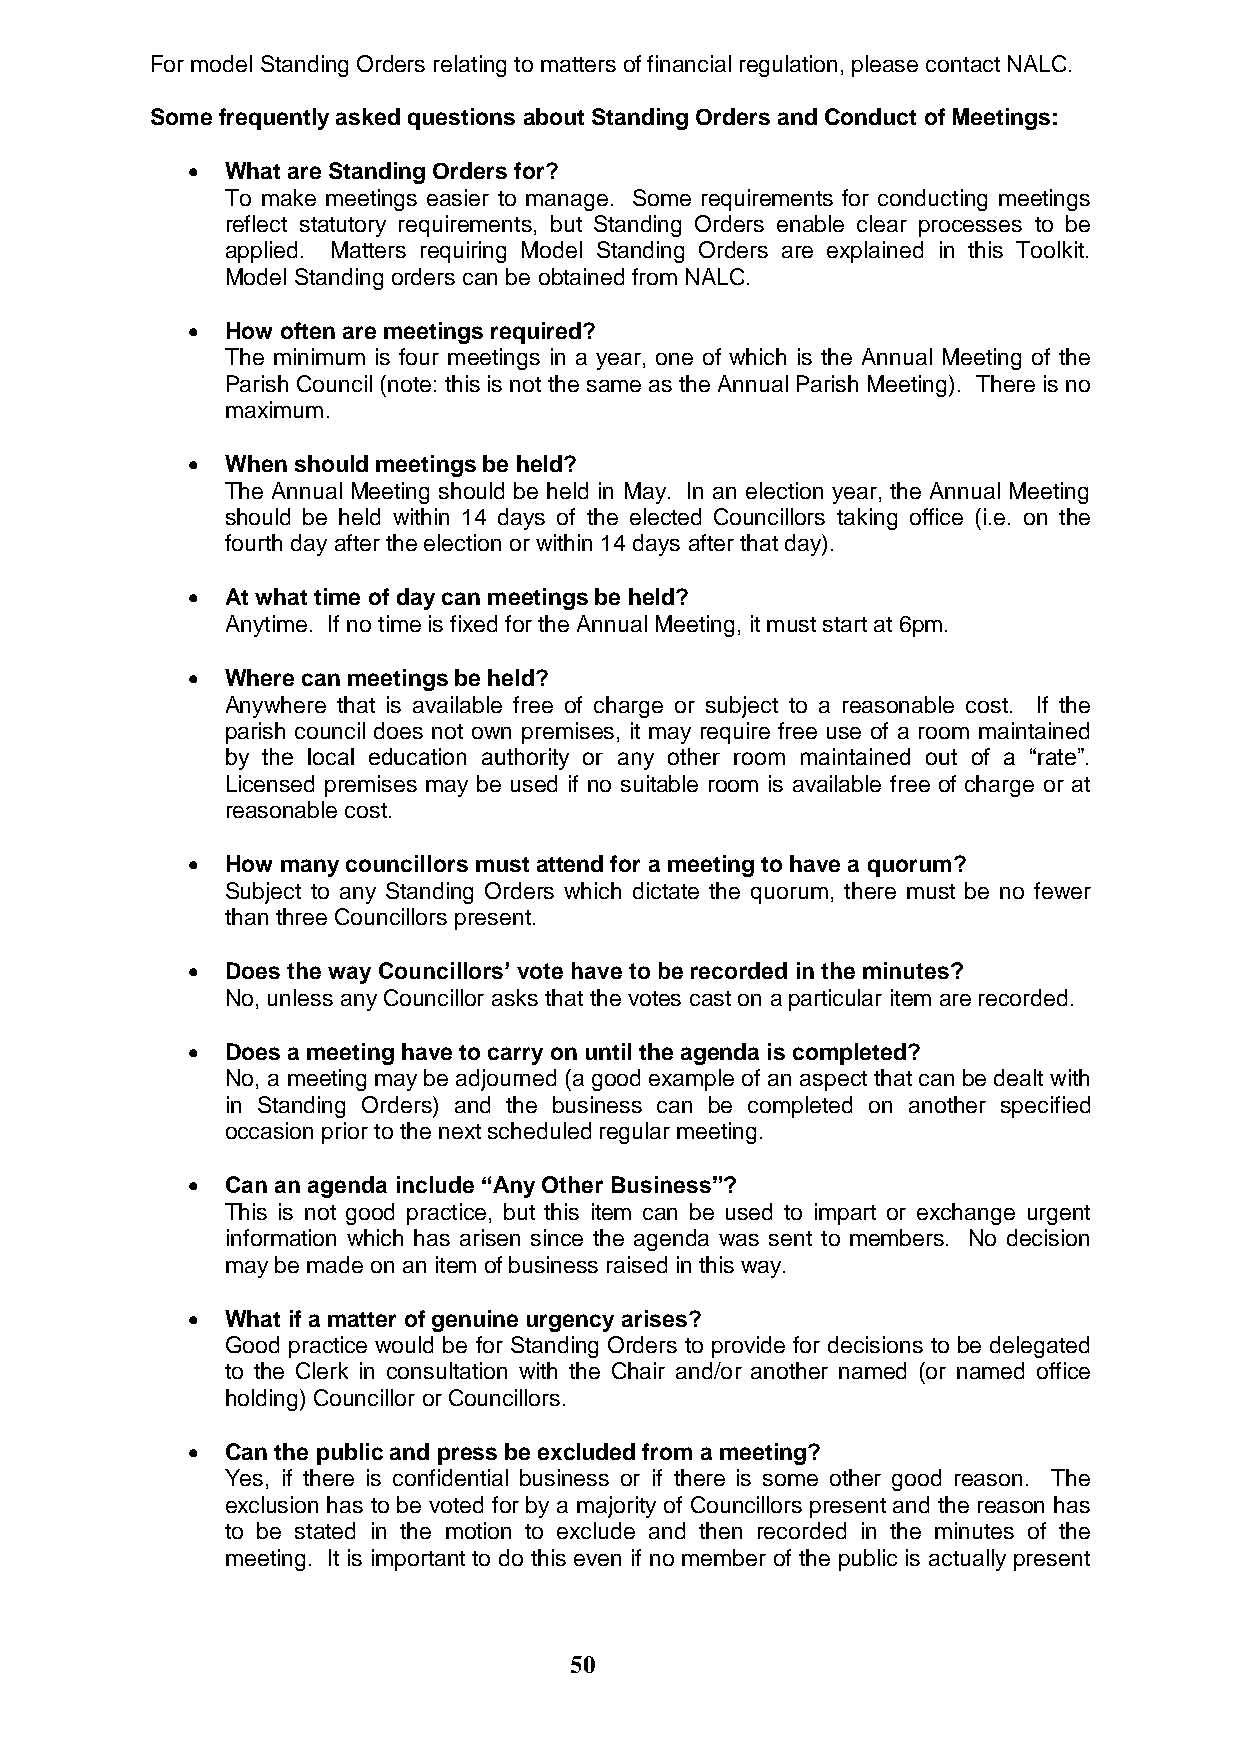
For model Standing Orders relating to matters of financial regulation, please contact NALC.
 Some frequently asked questions about Standing Orders and Conduct of Meetings:
   What are Standing Orders for?
 To make meetings easier to manage. Some requirements for conducting meetings
 reflect statutory requirements, but Standing Orders enable clear processes to be
 applied. Matters requiring Model Standing Orders are explained in this Toolkit.
 Model Standing orders can be obtained from NALC.
   How often are meetings required?
 The minimum is four meetings in a year, one of which is the Annual Meeting of the
 Parish Council (note: this is not the same as the Annual Parish Meeting). There is no
 maximum.
   When should meetings be held?
 The Annual Meeting should be held in May. In an election year, the Annual Meeting
 should be held within 14 days of the elected Councillors taking office (i.e. on the
 fourth day after the election or within 14 days after that day).
   At what time of day can meetings be held?
 Anytime. If no time is fixed for the Annual Meeting, it must start at 6pm.
   Where can meetings be held?
 Anywhere that is available free of charge or subject to a reasonable cost. If the
 parish council does not own premises, it may require free use of a room maintained
 by the local education authority or any other room maintained out of a “rate”.
 Licensed premises may be used if no suitable room is available free of charge or at
 reasonable cost.
   How many councillors must attend for a meeting to have a quorum?
 Subject to any Standing Orders which dictate the quorum, there must be no fewer
 than three Councillors present.
   Does the way Councillors’ vote have to be recorded in the minutes?
 No, unless any Councillor asks that the votes cast on a particular item are recorded.
   Does a meeting have to carry on until the agenda is completed?
 No, a meeting may be adjourned (a good example of an aspect that can be dealt with
 in Standing Orders) and the business can be completed on another specified
 occasion prior to the next scheduled regular meeting.
   Can an agenda include “Any Other Business”?
 This is not good practice, but this item can be used to impart or exchange urgent
 information which has arisen since the agenda was sent to members. No decision
 may be made on an item of business raised in this way.
   What if a matter of genuine urgency arises?
 Good practice would be for Standing Orders to provide for decisions to be delegated
 to the Clerk in consultation with the Chair and/or another named (or named office
 holding) Councillor or Councillors.
   Can the public and press be excluded from a meeting?
 Yes, if there is confidential business or if there is some other good reason. The
 exclusion has to be voted for by a majority of Councillors present and the reason has
 to be stated in the motion to exclude and then recorded in the minutes of the
 meeting. It is important to do this even if no member of the public is actually present
 50